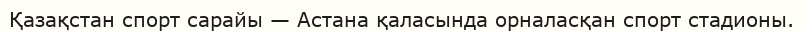
Қазақстан спорт сарайы — Астана қаласында орналасқан спорт стадионы.